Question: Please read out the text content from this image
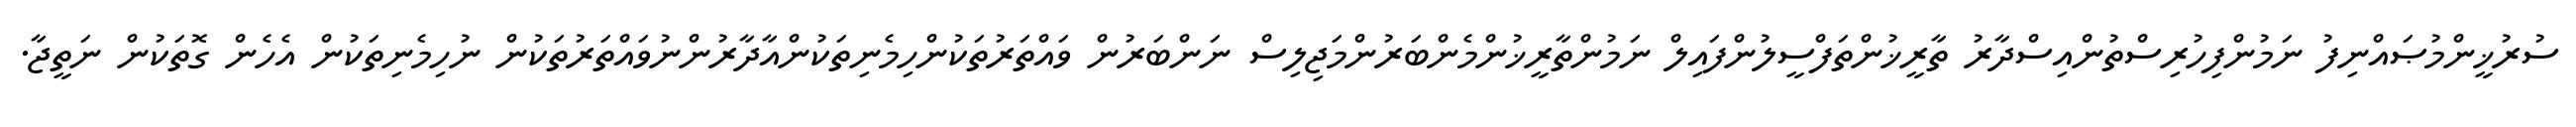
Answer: ސުރުޚީންމުޞައްނިފު ނަމުންފިހުރިސްތުންއިސްދާރު ތާރީޚުންތަފްސީލުންފައިލް ނަމުންތާރީޚުންމެންބަރުންމަޖިލިސް ނަންބަރުން ވައްތަރުތަކުންހިމެނިތަކުންއާދާރުންނުވައްތަރުތަކުން ނުހިމެނިތަކުން އެހެން ގޮތަކުން ނަތީޖާ.